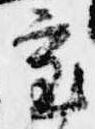
審